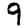
Digit: 9